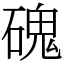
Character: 磈